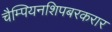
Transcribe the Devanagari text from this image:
चैम्पियनशिपबरकरार